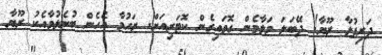
ދަރިފުޅާ ރޫޔާ! ދޭބަލަ މަލާމެން ގޮވައިގެން ކޮޓަރިއަށް. ރަހުމާ އެހެން ބުނެލުމާއެކު ރޫޔާ